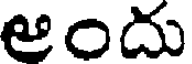
అందు